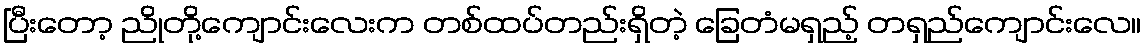
ပြီးတော့ ညိုတို့ကျောင်းလေးက တစ်ထပ်တည်းရှိတဲ့ ခြေတံမရှည့် တရှည်ကျောင်းလေ။